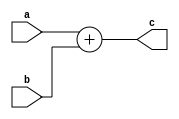
`timescale 1ns / 1ps

/* Description
**
** original work by Sam Skalicky, originally found here:
** http://opencores.org/project,fixed_point_arithmetic_parameterized
**
**
** Modified by Sung Ho Lee in 2023.12.07
**
** Modified features:
** Original modules not use 2's complement system
** => changed to use 2's complement system
*/

module qadd #(
	//Parameterized values
	parameter Q = 15,
	parameter N = 32
	)
	(
    input 	wire [N-1:0] a,
    input 	wire [N-1:0] b,
    output 	wire [N-1:0] c
    );

	assign c = a + b;

endmodule